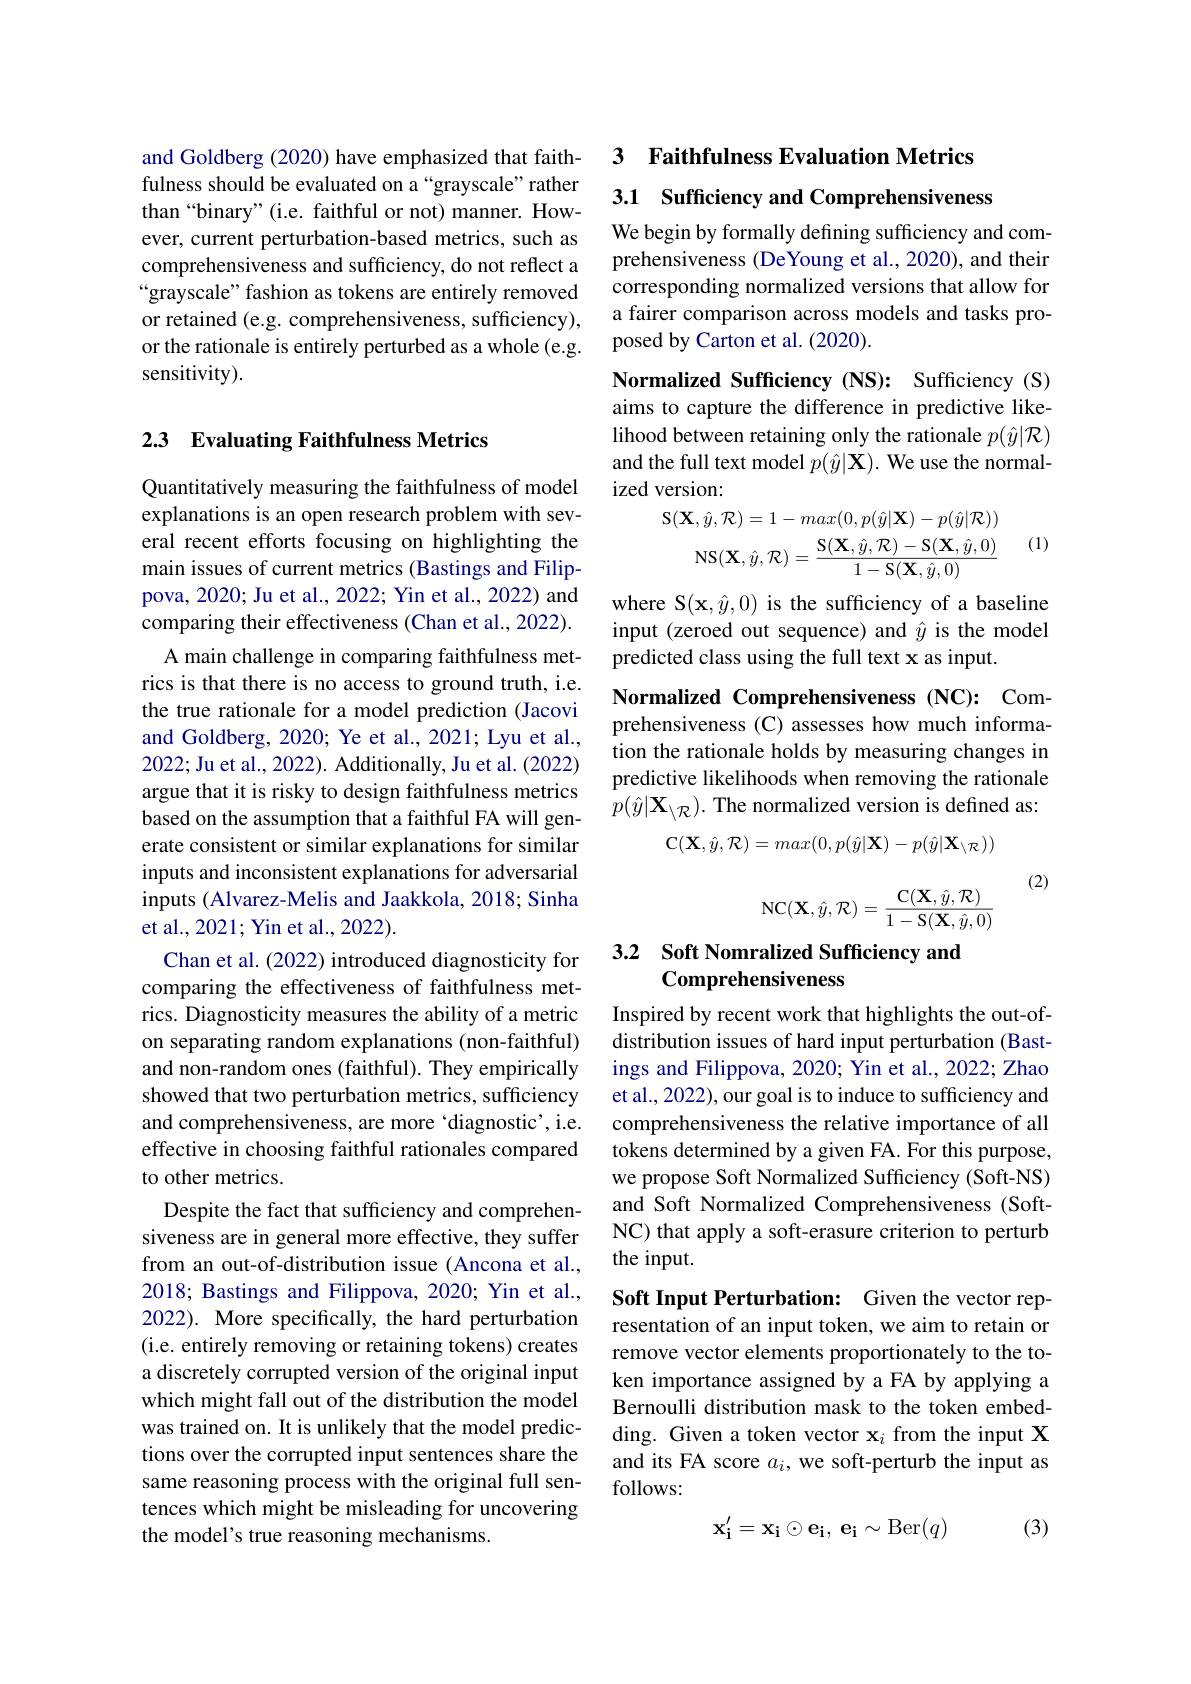
and Goldberg (2020) have emphasized that faithfulness should be evaluated on a“grayscale”rather than“binary”(i.e. faithful or not) manner. However, current perturbation-based metrics, such as comprehensiveness and sufficiency, do not reflect a “grayscale” fashion as tokens are entirely removed or retained (e.g. comprehensiveness, sufficiency), or the rationale is entirely perturbed as a whole (e.g. sensitivity).

## 2.3 Evaluating Faithfulness Metrics

Quantitatively measuring the faithfulness of model explanations is an open research problem with several recent efforts focusing on highlighting the main issues of current metrics (Bastings and Filippova, 2020; Ju et al., 2022; Yin et al., 2022) and comparing their effectiveness (Chan et al., 2022).
A main challenge in comparing faithfulness metrics is that there is no access to ground truth, i.e. the true rationale for a model prediction (Jacovi and Goldberg, 2020; Ye et al., 2021; Lyu et al., 2022; Ju et al., 2022). Additionally, Ju et al. (2022) argue that it is risky to design faithfulness metrics based on the assumption that a faithful FA will generate consistent or similar explanations for similar inputs and inconsistent explanations for adversarial inputs (Alvarez-Melis and Jaakkola, 2018; Sinha et al., 2021; Yin et al., 2022).
Chan et al. (2022) introduced diagnosticity for comparing the effectiveness of faithfulness metrics. Diagnosticity measures the ability of a metric on separating random explanations (non-faithful) and non-random ones (faithful). They empirically showed that two perturbation metrics, sufficiency and comprehensiveness, are more 'diagnostic', i.e. effective in choosing faithful rationales compared to other metrics.
Despite the fact that sufficiency and comprehensiveness are in general more effective, they suffer from an out-of-distribution issue (Ancona et al., 2018; Bastings and Filippova, 2020; Yin et al., 2022). More specifically, the hard perturbation (i.e. entirely removing or retaining tokens) creates a discretely corrupted version of the original input which might fall out of the distribution the model was trained on. It is unlikely that the model predictions over the corrupted input sentences share the same reasoning process with the original full sentences which might be misleading for uncovering the model's true reasoning mechanisms.

3 Faithfulness Evaluation Metrics

3.1 Sufficiency and Comprehensiveness

We begin by formally defining sufficiency and comprehensiveness (DeYoung et al., 2020), and their corresponding normalized versions that allow for a fairer comparison across models and tasks proposed by Carton et al. (2020).

Normalized Sufficiency (NS): Sufficiency (S)

aims to capture the difference in predictive likelihood between retaining only the rationale $p(\hat{y}|\mathcal{R})$ and the full text model $p(\hat{y}|\mathbf{X}).$ We use the normalized version:
$$\begin{aligned}\mathbf{S}(\mathbf{X},\hat{y},\mathcal{R})=1-max(0,p(\hat{y}|\mathbf{X})-p(\hat{y}|\mathcal{R}))\\\mathrm{NS}(\mathbf{X},\hat{y},\mathcal{R})=\frac{\mathrm{S}(\mathbf{X},\hat{y},\mathcal{R})-\mathrm{S}(\mathbf{X},\hat{y},0)}{1-\mathrm{S}(\mathbf{X},\hat{y},0)}\end{aligned}$$
(1)

where S$(\mathbf{x},\hat{y},0)$ is the sufficiency of a baseline input (zeroed out sequence) and $\hat{y}$ is the model predicted class using the full text x as input.
Normalized Comprehensiveness (NC): Comprehensiveness (C) assesses how much information the rationale holds by measuring changes in predictive likelihoods when removing the rationale $p(\hat{y}|\mathbf{X}_{\setminus\mathcal{R}}).$ The normalized version is defined as:
$$\mathbf{C}(\mathbf{X},\hat{y},\mathcal{R})=max(0,p(\hat{y}|\mathbf{X})-p(\hat{y}|\mathbf{X}_{\setminus\mathcal{R}}))$$
(2)
$$\mathrm N\mathrm C(\mathbf X,\hat y,\mathcal R)=\frac{\mathrm C(\mathbf X,\hat y,\mathcal R)}{1-\mathrm S(\mathbf X,\hat y,0)}$$
# 3.2 Soft Nomralized Sufficiency and Comprehensiveness

Inspired by recent work that highlights the out-ofdistribution issues of hard input perturbation (Bastings and Filippova, 2020; Yin et al., 2022; Zhao et al., 2022), our goal is to induce to sufficiency and comprehensiveness the relative importance of all tokens determined by a given FA. For this purpose, we propose Soft Normalized Sufficiency (Soft-NS) and Soft Normalized Comprehensiveness (SoftNC) that apply a soft-erasure criterion to perturb the input.

Soft Input Perturbation: Given the vector representation of an input token, we aim to retain or remove vector elements proportionately to the token importance assigned by a FA by applying a Bernoulli distribution mask to the token embedding. Given a token vector x$_i$ from the input X and its FA score $a_i$, we soft-perturb the input as follows:

(3)
$$\mathbf{x_i^{\prime}=x_i\odot e_i,\:e_i\sim Ber(q)}$$